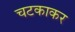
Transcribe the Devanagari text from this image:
चटकाकर